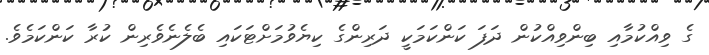
ގެ ވިއްކުމާއި ބިންވިއްކުން ދަފަ ކަންކަމަކީ ދަރިންގެ ކިޔެވުމަށްޓަކައި ބެލެނެވެރިން ކުރާ ކަންކަމެވެ.